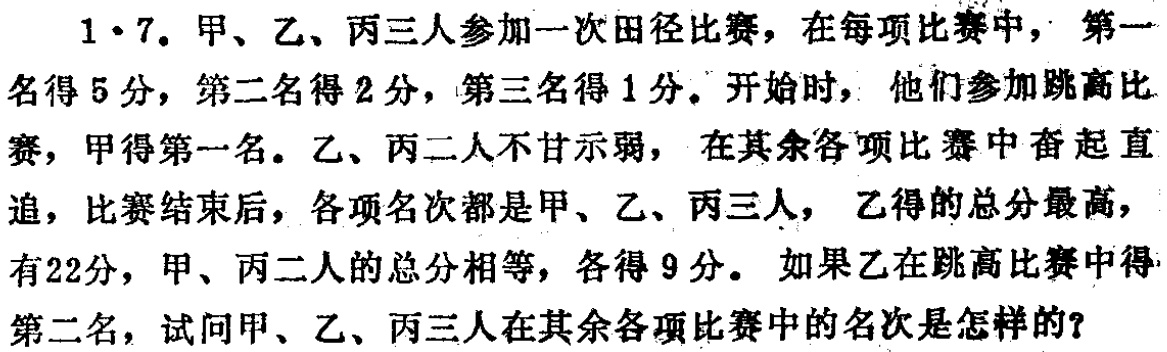
1·7. 甲、乙、丙三人参加一次田径比赛，在每项比赛中，第一名得 5 分，第二名得 2 分，第三名得 1 分。开始时，他们参加跳高比赛，甲得第一名。乙、丙二人不甘示弱，在其余各项比赛中奋起直追，比赛结束后，各项名次都是甲、乙、丙三人，乙得的总分最高，有22分，甲、丙二人的总分相等，各得 9 分。 如果乙在跳高比赛中得第二名，试问甲、乙、丙三人在其余各项比赛中的名次是怎样的？